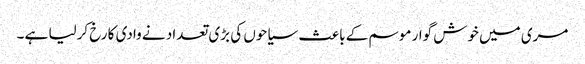
مری میں خوش گوار موسم کے باعث سیاحوں کی بڑی تعداد نے وادی کا رخ کرلیا ہے ۔